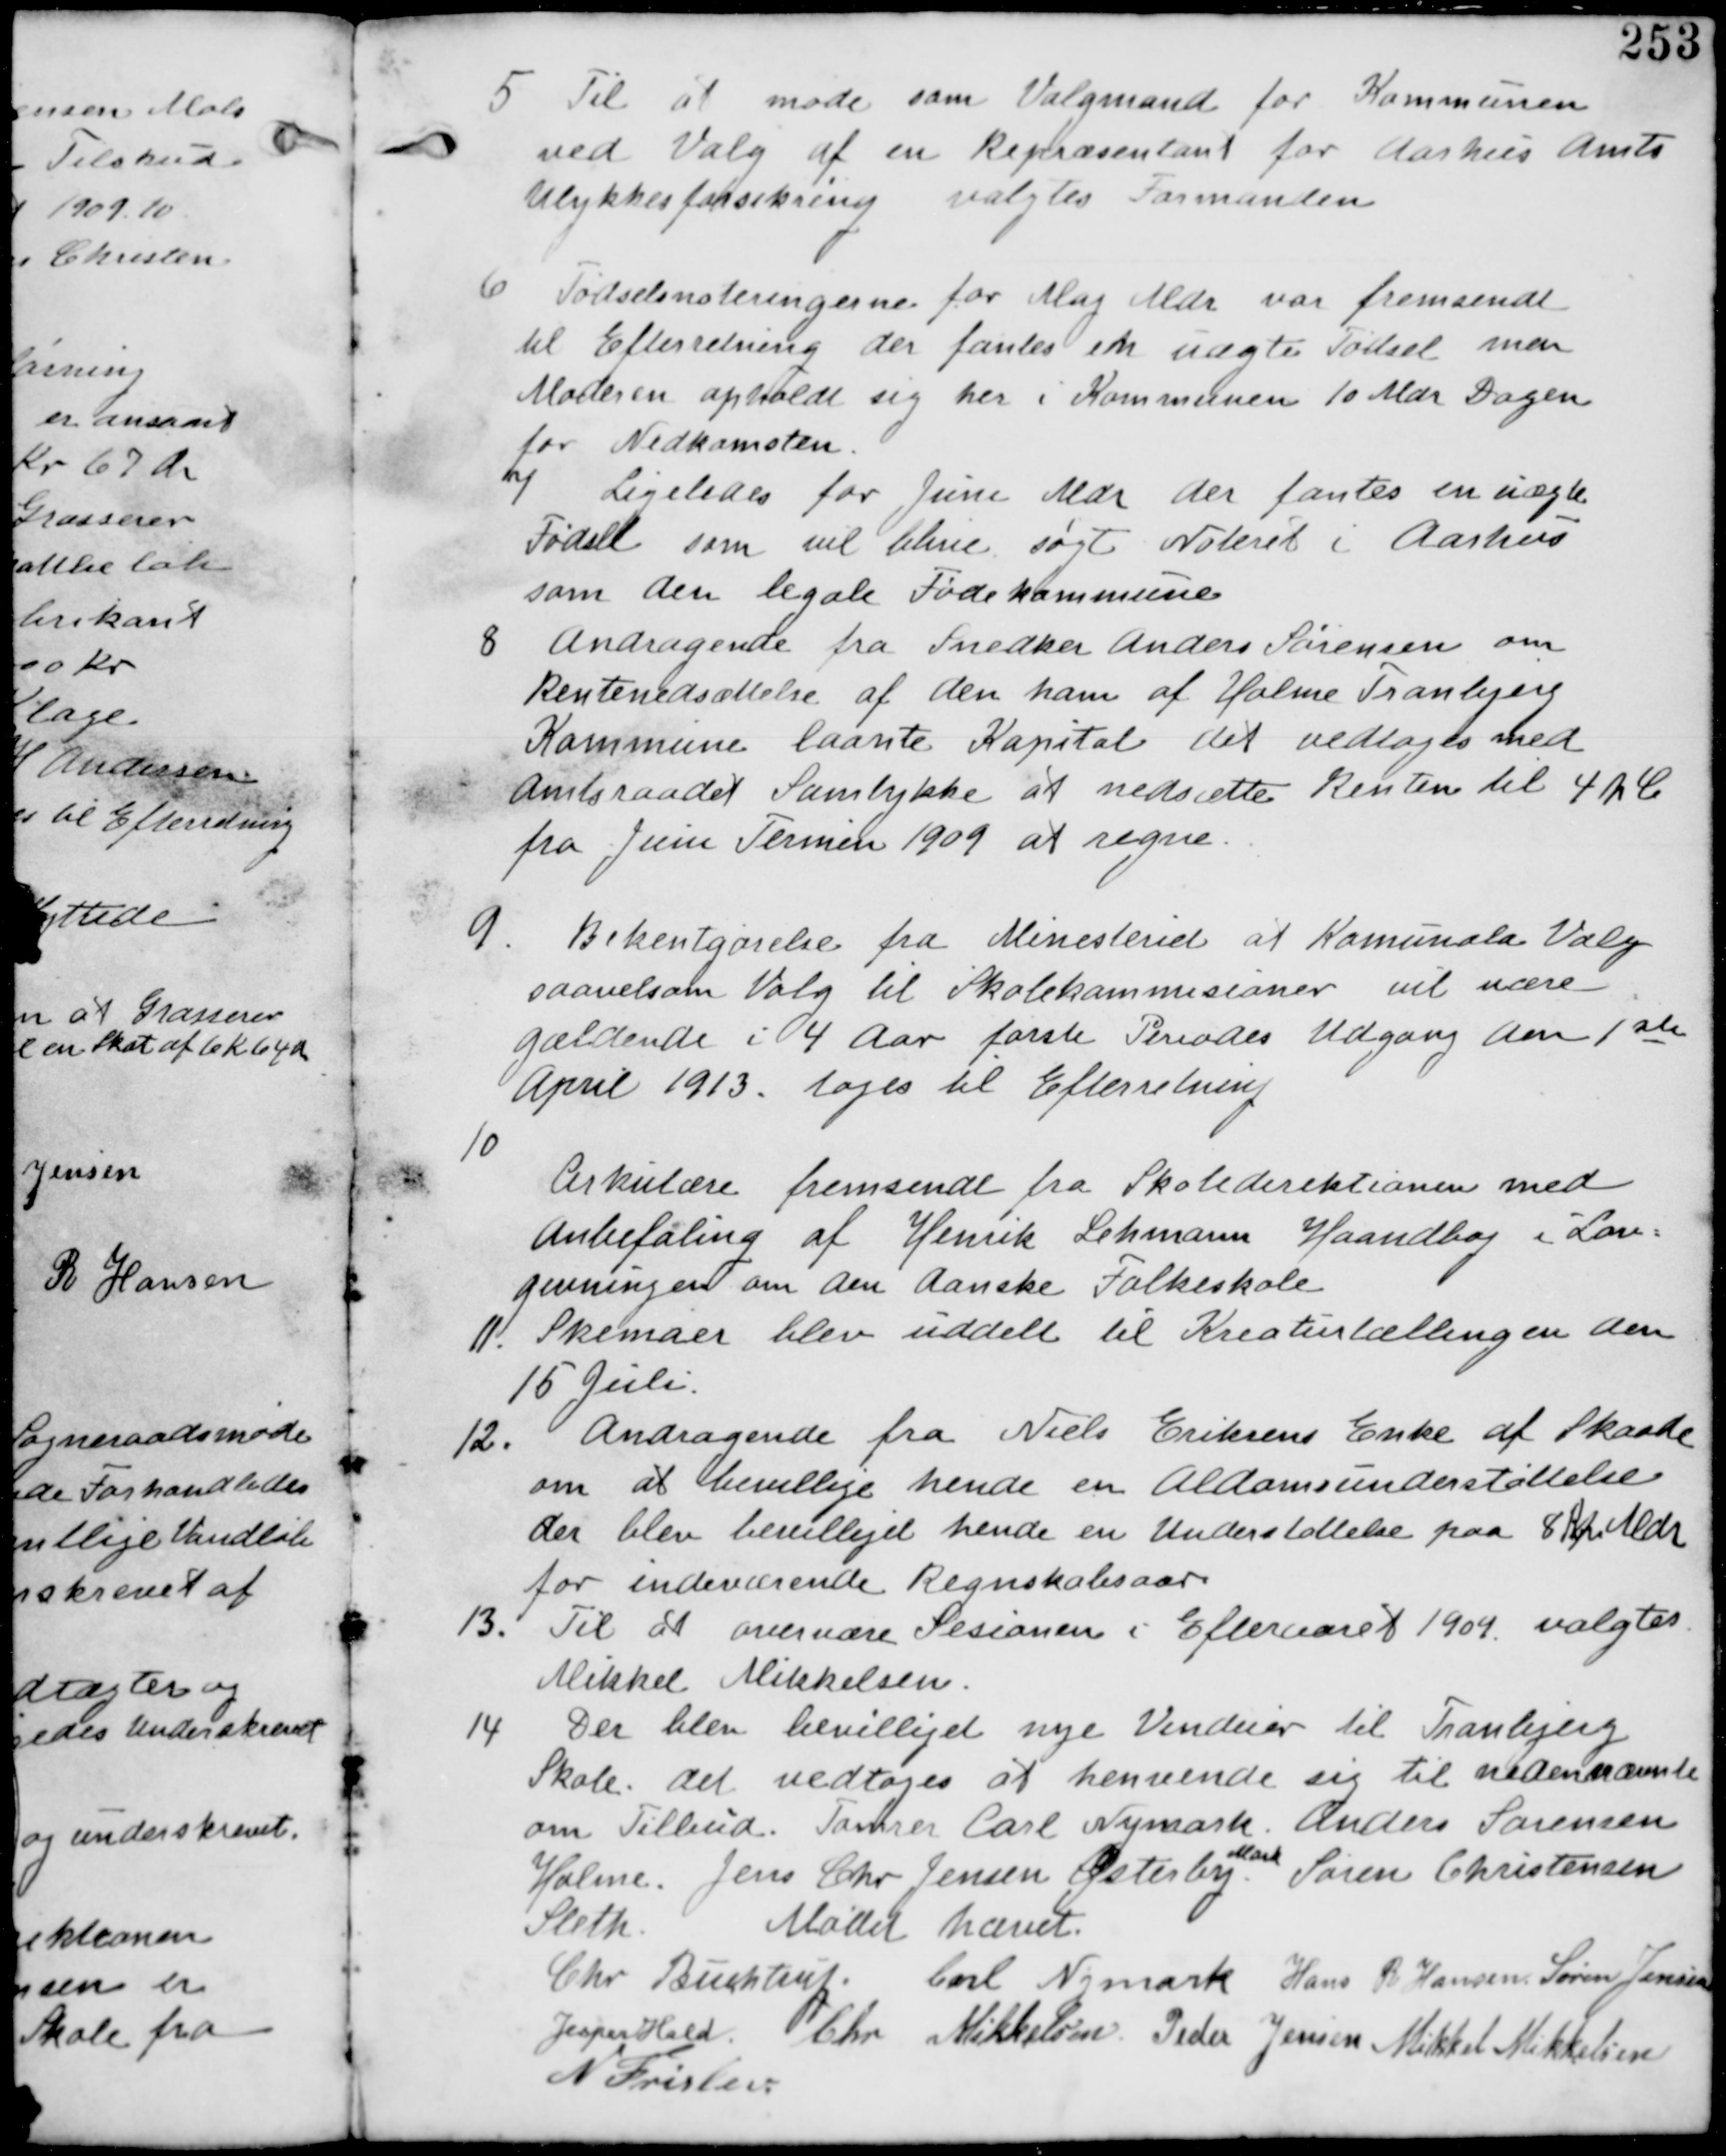
Transskription:
5 Til at møde som Valgmand for Kommunen
med Valg af en Repræsentant for Aarhus Amts
Ulykkesforsikring vælges Formanden

6 Fødselsnoteringerne for Maj Mdr var fremsendt
til Efterretning der fandtes en uægte Fødsel mens
Moderen opholdt sig her i Kommunen 10 Mdr Dagen
for Nedkomsten.
7 Ligeledes for Juni Mdr der fandtes en uægte
Fødsel som vil blive søgt Noteret i Aarhus
som den legale Fødekommune.

8 Andragende fra Snedker Anders Sørensen om
Rentenedsættelse af den ham af Holme Tranbjerg
Kommune laante Kapital det vedtages med
Amtsraadet Samtykke at nedsætte Renten til 4 p C
fra Juni Terminen at regne

9. Bekentgørelse fra Minesteriet at Kommunale Valg
saavelsom Valg til Skolekommisionen vil være
gældende i 4 Aar første Periodes Udgang den 1ste
April 1913. tages til Efterretning.

10
Cirkulære fremsendt fra Skoledirektionen med
Anbefaling af Henrik Lehmann Haandbog i Lov-
givningen om den Danske Folkeskole.
11. Skemaer blev uddelt til Kreaturtællingen den
15 Juli.

12. Andragende fra Niels Eriksens Enke af Skaade
om at bevillige hende en Alderdomsunderstøttelse
der blev bevilliget hende en Understøttelse paa 8 Kr Mdl
for indeværende Regnskabsaar.

13. Til at overvære Sesionen i Efteraaret 1909 valgtes
Mikkel Mikkelsen.

14 Der blev bevilliget nye Vinduer til Tranbjerg
Skole. det vedtages at henvende sig til nedennævnte
om Tilbud. Tømrer Carl Nymark. Anders Sørensen
Holme. Jens Chr Jensen Østerby Mark. Søren Christensen
Sleth

Mødet høvet
Chr Buchtrup. Carl Nymark Hans R Hansen Søren Jensen
Jesper Hald. Chr Mikkelsen Peder Jensen Mikkel Mikkelsen
N Frislev